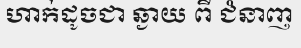
ហាក់ដូចជា ឆ្ងាយ ពី ជំនាញ